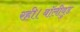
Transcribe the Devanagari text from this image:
रही।बॉलीवुड